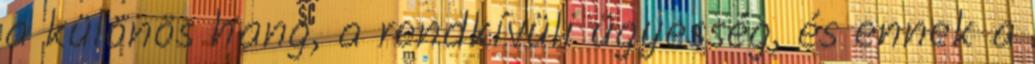
a különös hang, a rendkívüli ügyesség, és ennek a